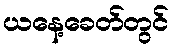
ယနေ့ခေတ်တွင်